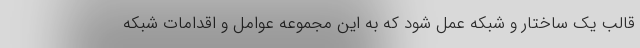
قالب یک ساختار و شبکه عمل شود که به این مجموعه عوامل و اقدامات شبکه